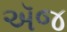
ઍજ